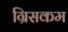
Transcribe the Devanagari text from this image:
ग्रिसकम